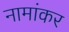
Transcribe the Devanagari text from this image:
नामांकर